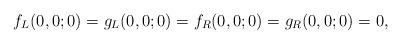
LaTeX: \begin{align*}f_L(0,0;0) = g_L(0,0;0) = f_R(0,0;0) = g_R(0,0;0) = 0,\end{align*}